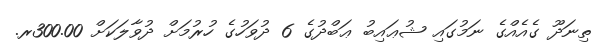
ތިނަދޫ ގެއެއްގެ ނަމުގައި ޝުޢައިބު ޢަބްދުގެ 6 ދުވަހުގެ ހުރުމަށް ދުވާލަކަށް 300.00ރ.